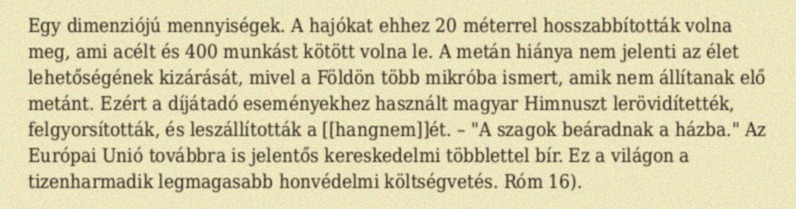
Egy dimenziójú mennyiségek. A hajókat ehhez 20 méterrel hosszabbították volna meg, ami acélt és 400 munkást kötött volna le. A metán hiánya nem jelenti az élet lehetőségének kizárását, mivel a Földön több mikróba ismert, amik nem állítanak elő metánt. Ezért a díjátadó eseményekhez használt magyar Himnuszt lerövidítették, felgyorsították, és leszállították a [[hangnem]]ét. – "A szagok beáradnak a házba." Az Európai Unió továbbra is jelentős kereskedelmi többlettel bír. Ez a világon a tizenharmadik legmagasabb honvédelmi költségvetés. Róm 16).